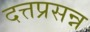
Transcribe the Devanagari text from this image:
दत्तप्रसन्न